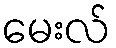
မေးလ်